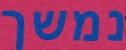
נמשך